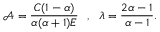
\mathcal { A } = \frac { C ( 1 - \alpha ) } { \alpha ( \alpha + 1 ) E } ~ ~ , ~ ~ \lambda = \frac { 2 \alpha - 1 } { \alpha - 1 } .